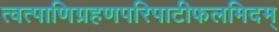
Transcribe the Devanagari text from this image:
त्वत्पाणिग्रहणपरिपाटीफलमिदम्